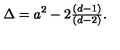
\Delta = a ^ { 2 } - 2 { \textstyle \frac { ( d - 1 ) } { ( d - 2 ) } } .